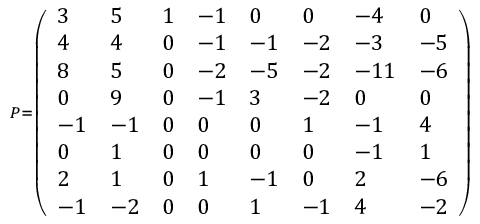
\scriptstyle P = { \left( \begin{array} { l l l l l l l l } { 3 } & { 5 } & { 1 } & { - 1 } & { 0 } & { 0 } & { - 4 } & { 0 } \\ { 4 } & { 4 } & { 0 } & { - 1 } & { - 1 } & { - 2 } & { - 3 } & { - 5 } \\ { 8 } & { 5 } & { 0 } & { - 2 } & { - 5 } & { - 2 } & { - 1 1 } & { - 6 } \\ { 0 } & { 9 } & { 0 } & { - 1 } & { 3 } & { - 2 } & { 0 } & { 0 } \\ { - 1 } & { - 1 } & { 0 } & { 0 } & { 0 } & { 1 } & { - 1 } & { 4 } \\ { 0 } & { 1 } & { 0 } & { 0 } & { 0 } & { 0 } & { - 1 } & { 1 } \\ { 2 } & { 1 } & { 0 } & { 1 } & { - 1 } & { 0 } & { 2 } & { - 6 } \\ { - 1 } & { - 2 } & { 0 } & { 0 } & { 1 } & { - 1 } & { 4 } & { - 2 } \end{array} \right) }